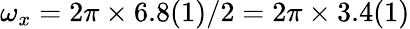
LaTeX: \omega_{x}=2\pi\times 6.8(1)/2=2\pi\times 3.4(1)